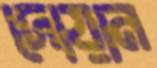
দোয়ান